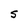
Character: S